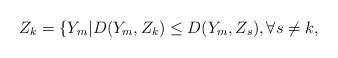
LaTeX: \begin{align*}Z_k=\{Y_m| D(Y_m,Z_k) \leq D(Y_m,Z_s), \forall s \neq k,\end{align*}